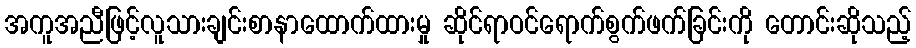
အကူအညီဖြင့်လူသားချင်းစာနာထောက်ထားမှု ဆိုင်ရာဝင်ရောက်စွက်ဖက်ခြင်းကို တောင်းဆိုသည့်